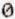
0